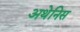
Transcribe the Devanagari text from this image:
अथेनिस